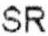
SR